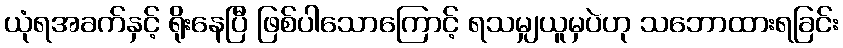
ယုံရအခက်နှင့် ရိုးနေပြီ ဖြစ်ပါသောကြောင့် ရသမျှယူမှပဲဟု သဘောထားရခြင်း